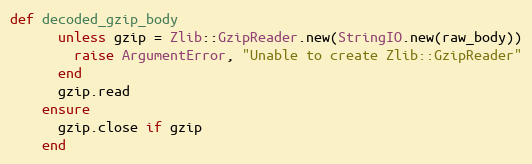
Language: Ruby
def decoded_gzip_body
      unless gzip = Zlib::GzipReader.new(StringIO.new(raw_body))
        raise ArgumentError, "Unable to create Zlib::GzipReader"
      end
      gzip.read
    ensure
      gzip.close if gzip
    end